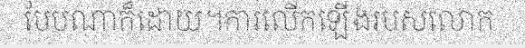
បែបណាក៏ដោយ។ការលើកឡើងរបសលោក